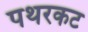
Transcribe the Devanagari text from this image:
पथरकट